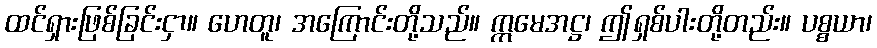
ထင်ရှားဖြစ်ခြင်းငှာ။ ဟေတူ၊ အကြောင်းတို့သည်။ ဣမေအဋ္ဌ၊ ဤရှစ်ပါးတို့တည်း။ ပစ္စယာ၊